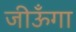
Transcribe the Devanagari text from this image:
जीऊँगा